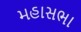
મહાસભા